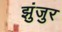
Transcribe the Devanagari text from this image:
झुंजुर